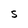
Character: S